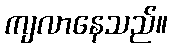
ကျလာနေသည်။